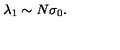
\lambda _ { 1 } \sim N \sigma _ { 0 } .